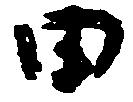
田